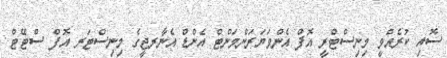
ސޮއި ކުރެއްވީ މިނިސްޓްރީ އޮފް އެންވަޔަރަންމަންޓް އެންޑް އެނާރޖީގެ މިނިސްޓަރ އޮފް ސްޓޭޓް